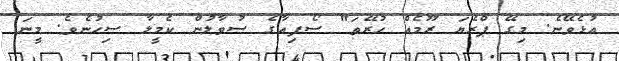
އުޅެވޭނެ. މިގޭ ޕްރެޔަ ރޫމެއް ހުރޭތަ" ސޯފިއާގެ ސުވާލުން ކެމީލާ ސިހުނެވެ. މީނަ